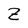
Character: Z